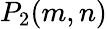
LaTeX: P_{2}(m,n)